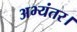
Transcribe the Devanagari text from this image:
अभ्यंतर।